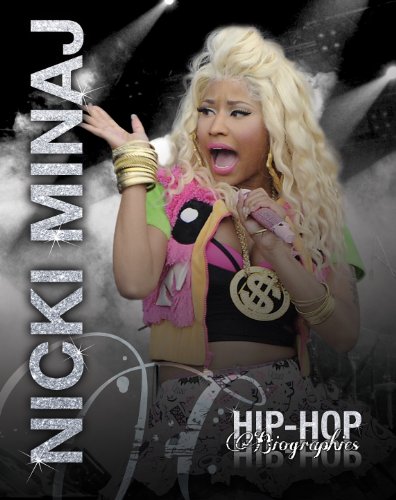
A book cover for Niki Minaj (Hip-Hop Biographies); Saddleback Educational Publishing; Teen & Young Adult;